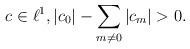
LaTeX: \begin{align*}c\in\ell^1,|c_0|-\sum_{m\not=0}|c_m|>0.\end{align*}